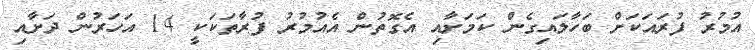
އުމުރު ފުރައަކަށް ބަހާލައިގެން ކަމަށާއި އެގޮތުން އެއުމުރު ފުރާތަކަކީ 14 އަހަރުން ދަށާއި